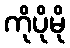
ကိုပိုမို